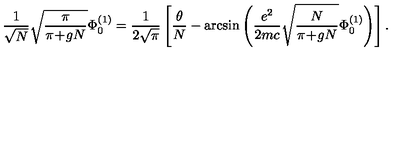
\frac { 1 } { \sqrt { N } } \sqrt { \frac { \pi } { \pi \! + \! g N } } \Phi _ { 0 } ^ { ( 1 ) } = \frac { 1 } { 2 \sqrt { \pi } } \left[ \frac { \theta } { N } - \arcsin \left( \frac { e ^ { 2 } } { 2 m c } \sqrt { \frac { N } { \pi \! + \! g N } } \Phi _ { 0 } ^ { ( 1 ) } \right) \right] .